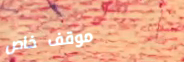
موقف خاص